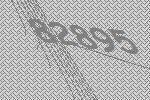
82895